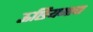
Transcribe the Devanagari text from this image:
ऊछियमादा